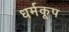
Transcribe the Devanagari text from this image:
धर्मकूप